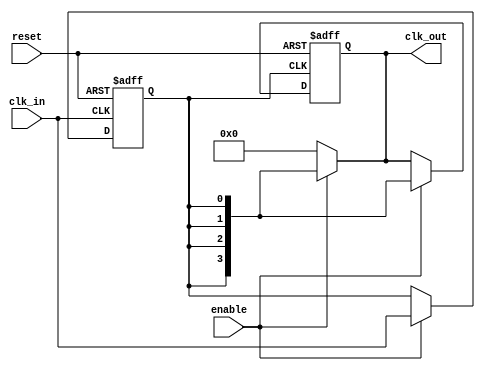
module high_fanout_clock_buffer #(
    parameter NUM_OUTPUTS = 4,  // Number of clock outputs
    parameter DRIVE_STRENGTH = 1 // Drive strength parameter (can be adjusted)
)(
    input wire clk_in,                // Input clock signal
    input wire enable,                // Enable signal for the buffer
    output reg [NUM_OUTPUTS - 1:0] clk_out, // Buffered clock outputs
    input wire reset                  // Reset signal
);

    // Internal signals
    reg clk_buffered;                  // Buffered clock signal

    // Input Stage: Clock conditioning
    always @(posedge clk_in or posedge reset) begin
        if (reset) begin
            clk_buffered <= 0;         // Reset buffered clock
        end else if (enable) begin
            clk_buffered <= clk_in;    // Pass input clock through
        end
    end

    // Buffering Stage: Drive the outputs based on the buffered clock
    always @(posedge clk_buffered or posedge reset) begin
        if (reset) begin
            clk_out <= 0;              // Reset outputs to 0
        end else if (enable) begin
            clk_out <= {NUM_OUTPUTS{clk_buffered}}; // Distribute buffered clock to outputs
        end
    end

    // Output Drivers (simulated)
    always @* begin
        if (!enable) begin
            clk_out = 0; // Isolate outputs when disabled
        end else begin
            // Simulate drive strength variation if needed
            case (DRIVE_STRENGTH)
                0: clk_out = {NUM_OUTPUTS{clk_buffered}}; // Low drive strength
                1: clk_out = {NUM_OUTPUTS{clk_buffered}}; // Medium drive strength
                2: clk_out = {NUM_OUTPUTS{clk_buffered}}; // High drive strength
                default: clk_out = {NUM_OUTPUTS{clk_buffered}}; // Default case
            endcase
        end
    end

endmodule